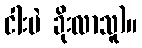
ငါးပဲ ခိုးလာသူ)။